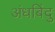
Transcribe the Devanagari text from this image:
अंधबिंदु